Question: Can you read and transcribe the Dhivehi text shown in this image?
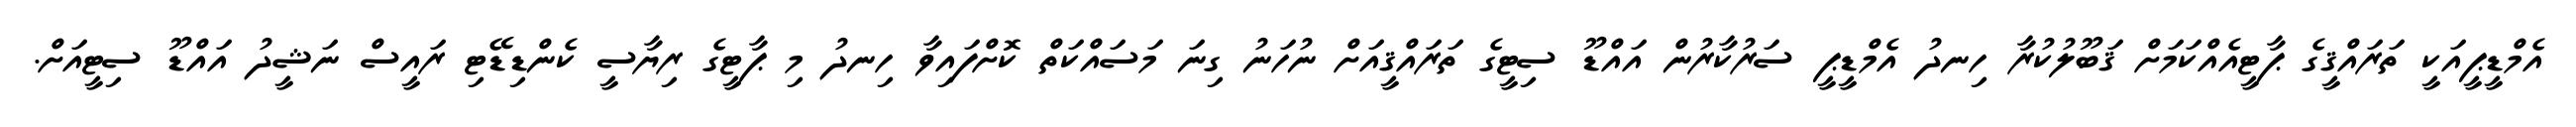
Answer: އެމްޑީޕީއަކީ ތަރައްޤީގެ ޕާޓީއެއްކަމަށް ޤަބޫލުކުރާ ހިނދު އެމްޑީޕީ ސަރުކާރުން އައްޑޫ ސިޓީގެ ތަރައްޤީއަށް ނުހަނު ގިނަ މަސައްކަތް ކޮށްފައިވާ ހިނދު މި ޕާޓީގެ ރިޔާސީ ކެންޑިޑޭޓި ރައީސް ނަޝީދު އައްޑޫ ސިޓީއަށް.